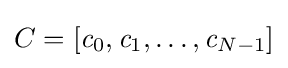
C=[{\mathit {c}}_{0},{\mathit {c}}_{1},\ldots ,{\mathit {c}}_{N-1}]